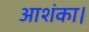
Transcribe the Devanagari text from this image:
आशंका।